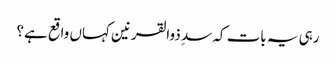
رہی یہ بات کہ سدِ ذوالقرنین کہاں واقع ہے؟